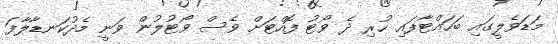
މަޑަވެލީގައި ބަހައްޓާފައި ހުރި ދެ ވޯޓު ފޮއްޓަށް ވެސް ވޯޓުލުން ވަނީ މެދުކަނޑާލާފަ